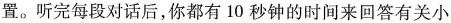
置。听完每段对话后，你都有10秒钟的时间来回答有关小